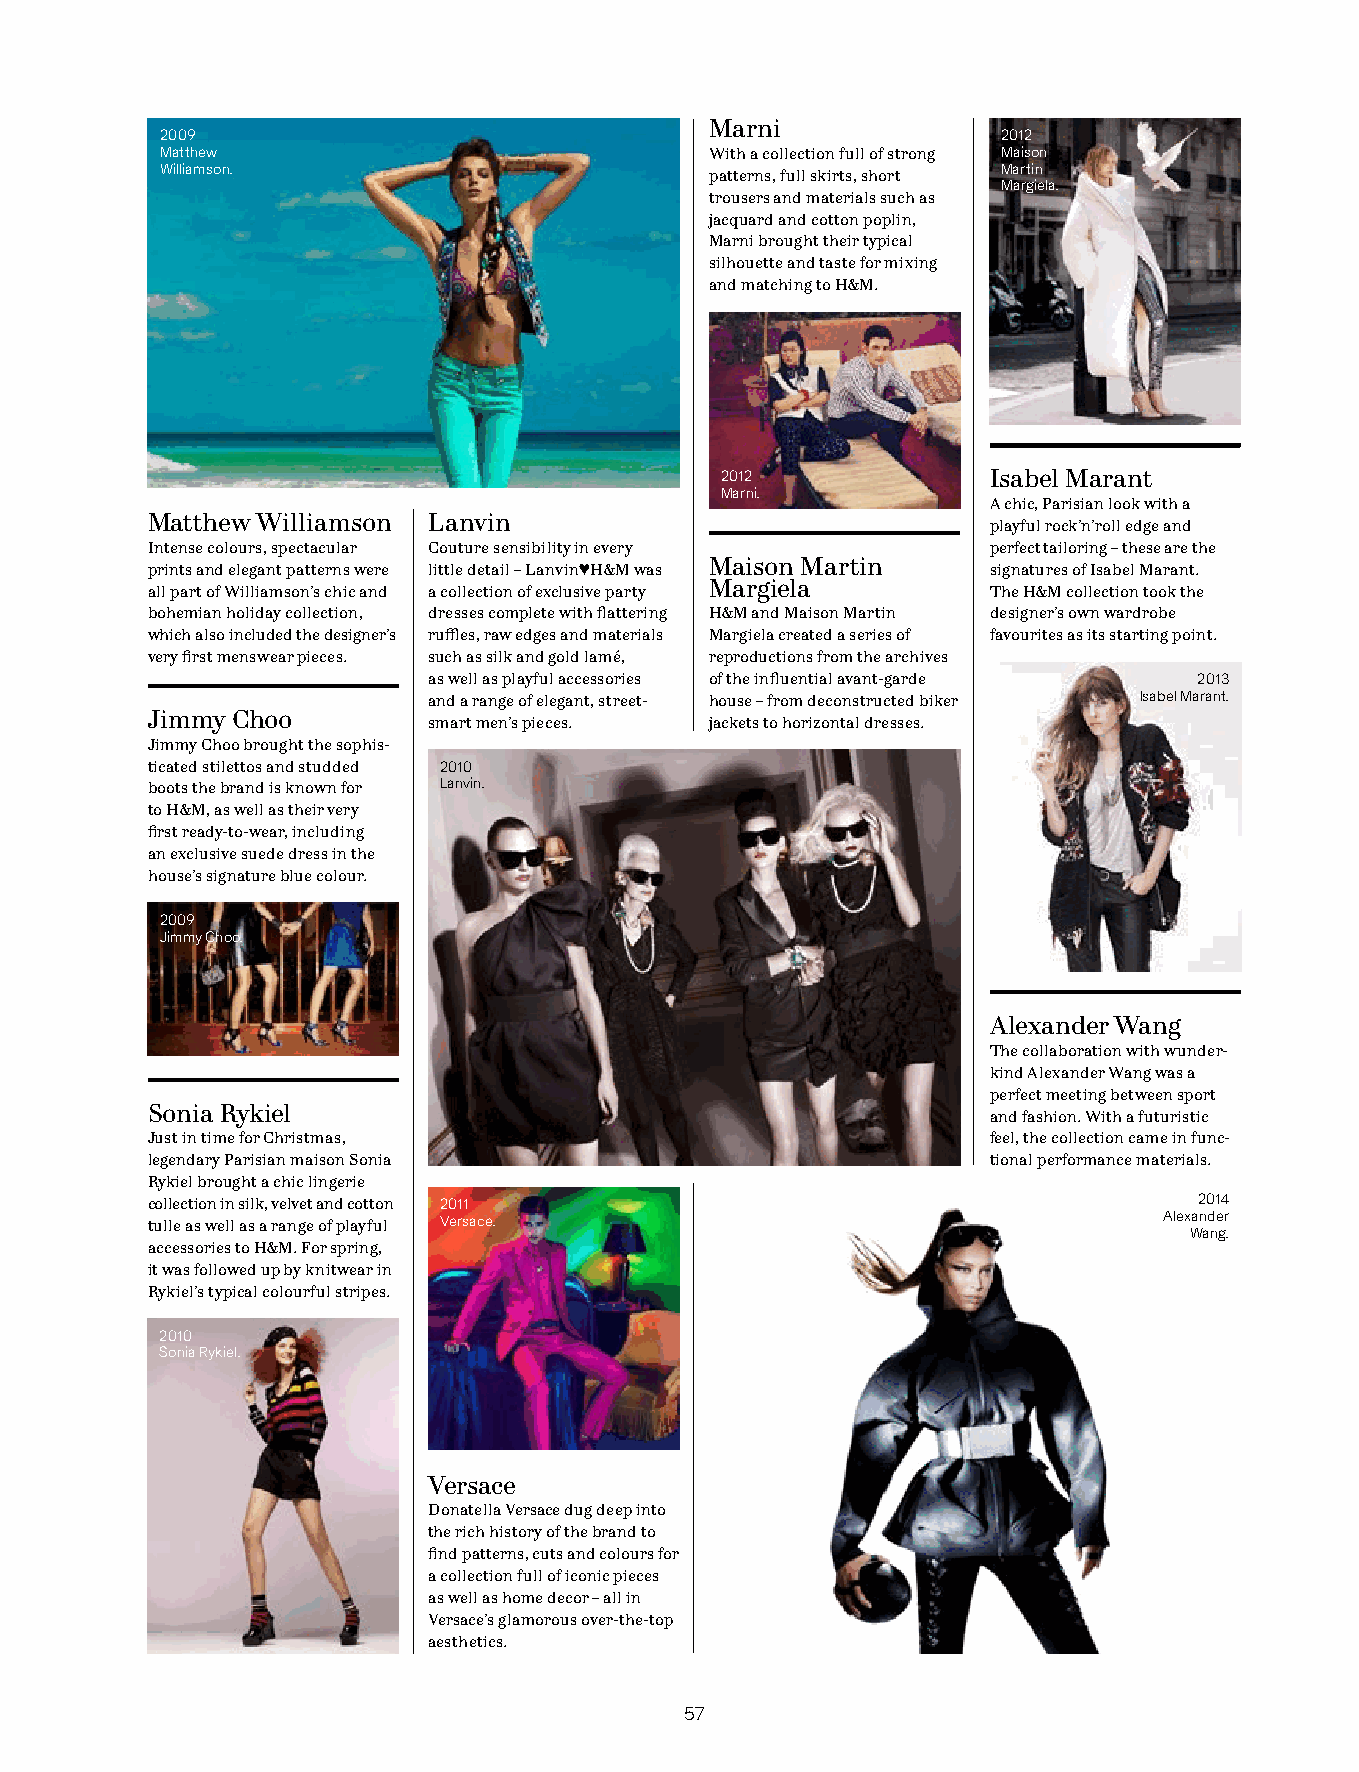
Marni
 2009                                                   2012
 Matthew                             With a collection full of strong Maison
 Williamson.                                            Martin
 patterns, full skirts, short
 Margiela.
 trousers and materials such as
 jacquard and cotton poplin,
 Marni brought their typical
 silhouette and taste for mixing
 and matching to H&M.
 2012             Isabel Marant
 Marni.
 A chic, Parisian look with a
 Matthew Williamson Lanvin
 playful rock’n’roll edge and
 Intense colours, spectacular Couture sensibility in every perfect tailoring – these are the
 prints and elegant patterns were little detail – Lanvin♥H&M was Maison Martin signatures of Isabel Marant.
 Margiela
 all part of Williamson’s chic and a collection of exclusive party The H&M collection took the
 bohemian holiday collection, dresses complete with flattering H&M and Maison Martin designer’s own wardrobe
 which also included the designer’s ruffles, raw edges and materials Margiela created a series of favourites as its starting point.
 very first menswear pieces. such as silk and gold lamé, reproductions from the archives
 as well as playful accessories of the influential avant-garde 2013
 and a range of elegant, street- house – from deconstructed biker Isabel Marant.
 Jimmy Choo
 smart men’s pieces. jackets to horizontal dresses.
 Jimmy Choo brought the sophis-
 ticated stilettos and studded 2010
 boots the brand is known for Lanvin.
 to H&M, as well as their very
 first ready-to-wear, including
 an exclusive suede dress in the
 house’s signature blue colour.
 2009
 Jimmy Choo.
 Alexander Wang
 The collaboration with wunder-
 kind Alexander Wang was a
 perfect meeting between sport
 Sonia Rykiel
 and fashion. With a futuristic
 Just in time for Christmas,                            feel, the collection came in func-
 legendary Parisian maison Sonia                        tional performance materials.
 Rykiel brought a chic lingerie
 collection in silk, velvet and cotton 2011                           2014
 tulle as well as a range of playful Versace.                       Alexander
 Wang.
 accessories to H&M. For spring,
 it was followed up by knitwear in
 Rykiel’s typical colourful stripes.
 2010
 Sonia Rykiel.
 Versace
 Donatella Versace dug deep into
 the rich history of the brand to
 find patterns, cuts and colours for
 a collection full of iconic pieces
 as well as home decor – all in
 Versace’s glamorous over-the-top
 aesthetics.
 57